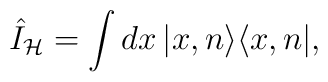
\hat{I}_{\mathcal{H}}=\int dx\,|x,n\rangle \langle x,n|,